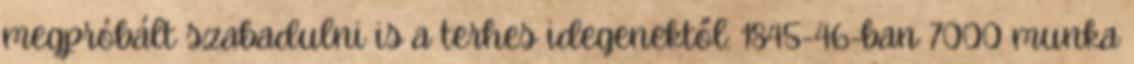
megpróbált szabadulni is a terhes idegenektől: 1845-46-ban 7000 munka